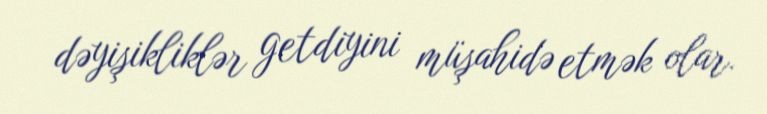
dəyişikliklər getdiyini müşahidə etmək olar.